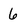
Character: 6